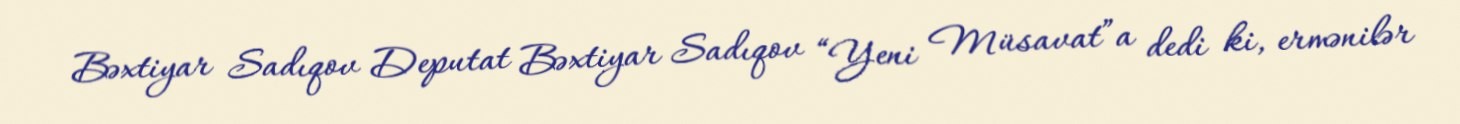
Bəxtiyar Sadıqov Deputat Bəxtiyar Sadıqov “Yeni Müsavat”a dedi ki, ermənilər